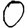
Digit: 0